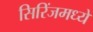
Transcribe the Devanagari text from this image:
सिरिंजमध्ये